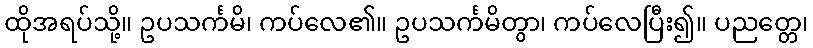
ထိုအရပ်သို့။ ဥပသင်္ကမိ၊ ကပ်လေ၏။ ဥပသင်္ကမိတွာ၊ ကပ်လေပြီး၍။ ပညတ္တေ၊